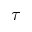
\tau